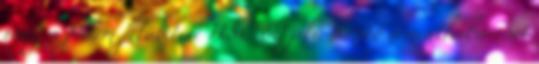
vagy a födém felületére HSC 60 jelű simító cementhabarcsot